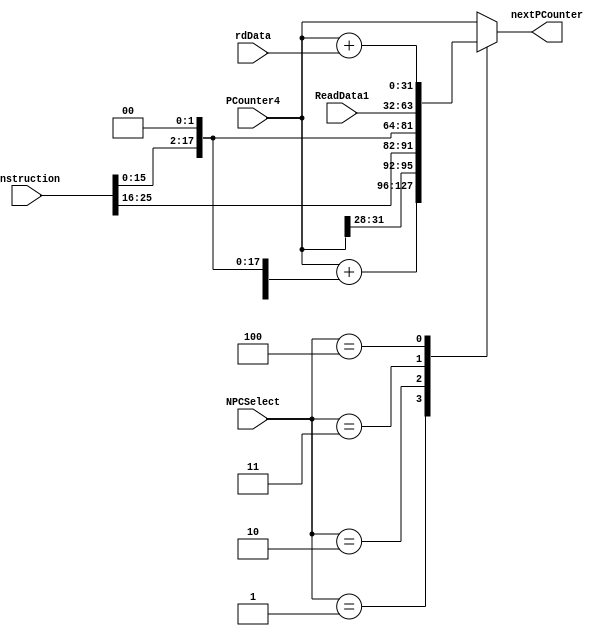
`timescale 1ns / 1ps
//////////////////////////////////////////////////////////////////////////////////
// Company: 
// 
// Design Name: 
// Module Name:    NextPC 
// Project Name: 
// Target Devices: 
// Tool versions: 
// Description: 
//
// Dependencies: 
//
// Revision: 
// Revision 0.01 - File Created
// Additional Comments: 
//
//////////////////////////////////////////////////////////////////////////////////
module NextPC(
	input [2:0] NPCSelect,
	input [31:0] ReadData1,
	input [31:0] rdData,
	input [31:0] PCounter4,
	input [31:0] Instruction,
	
	output reg [31:0] nextPCounter
   );
	
	wire [15:0] immediate16=Instruction[15:0];
	wire [25:0] InstrIndex=Instruction[25:0];
	
	always@(*) begin
		case(NPCSelect)
			3'b001: nextPCounter<=PCounter4+{{14{immediate16[15]}},immediate16,2'b0};//b
			3'b010: nextPCounter<={PCounter4[31:28],InstrIndex,2'b0};//j|jal
			3'b011: nextPCounter<=ReadData1;//jr|jalr
			3'b100: nextPCounter<=PCounter4+rdData;//bgeal
			default: nextPCounter<=PCounter4;
		endcase 
	end
endmodule